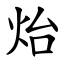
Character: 炲